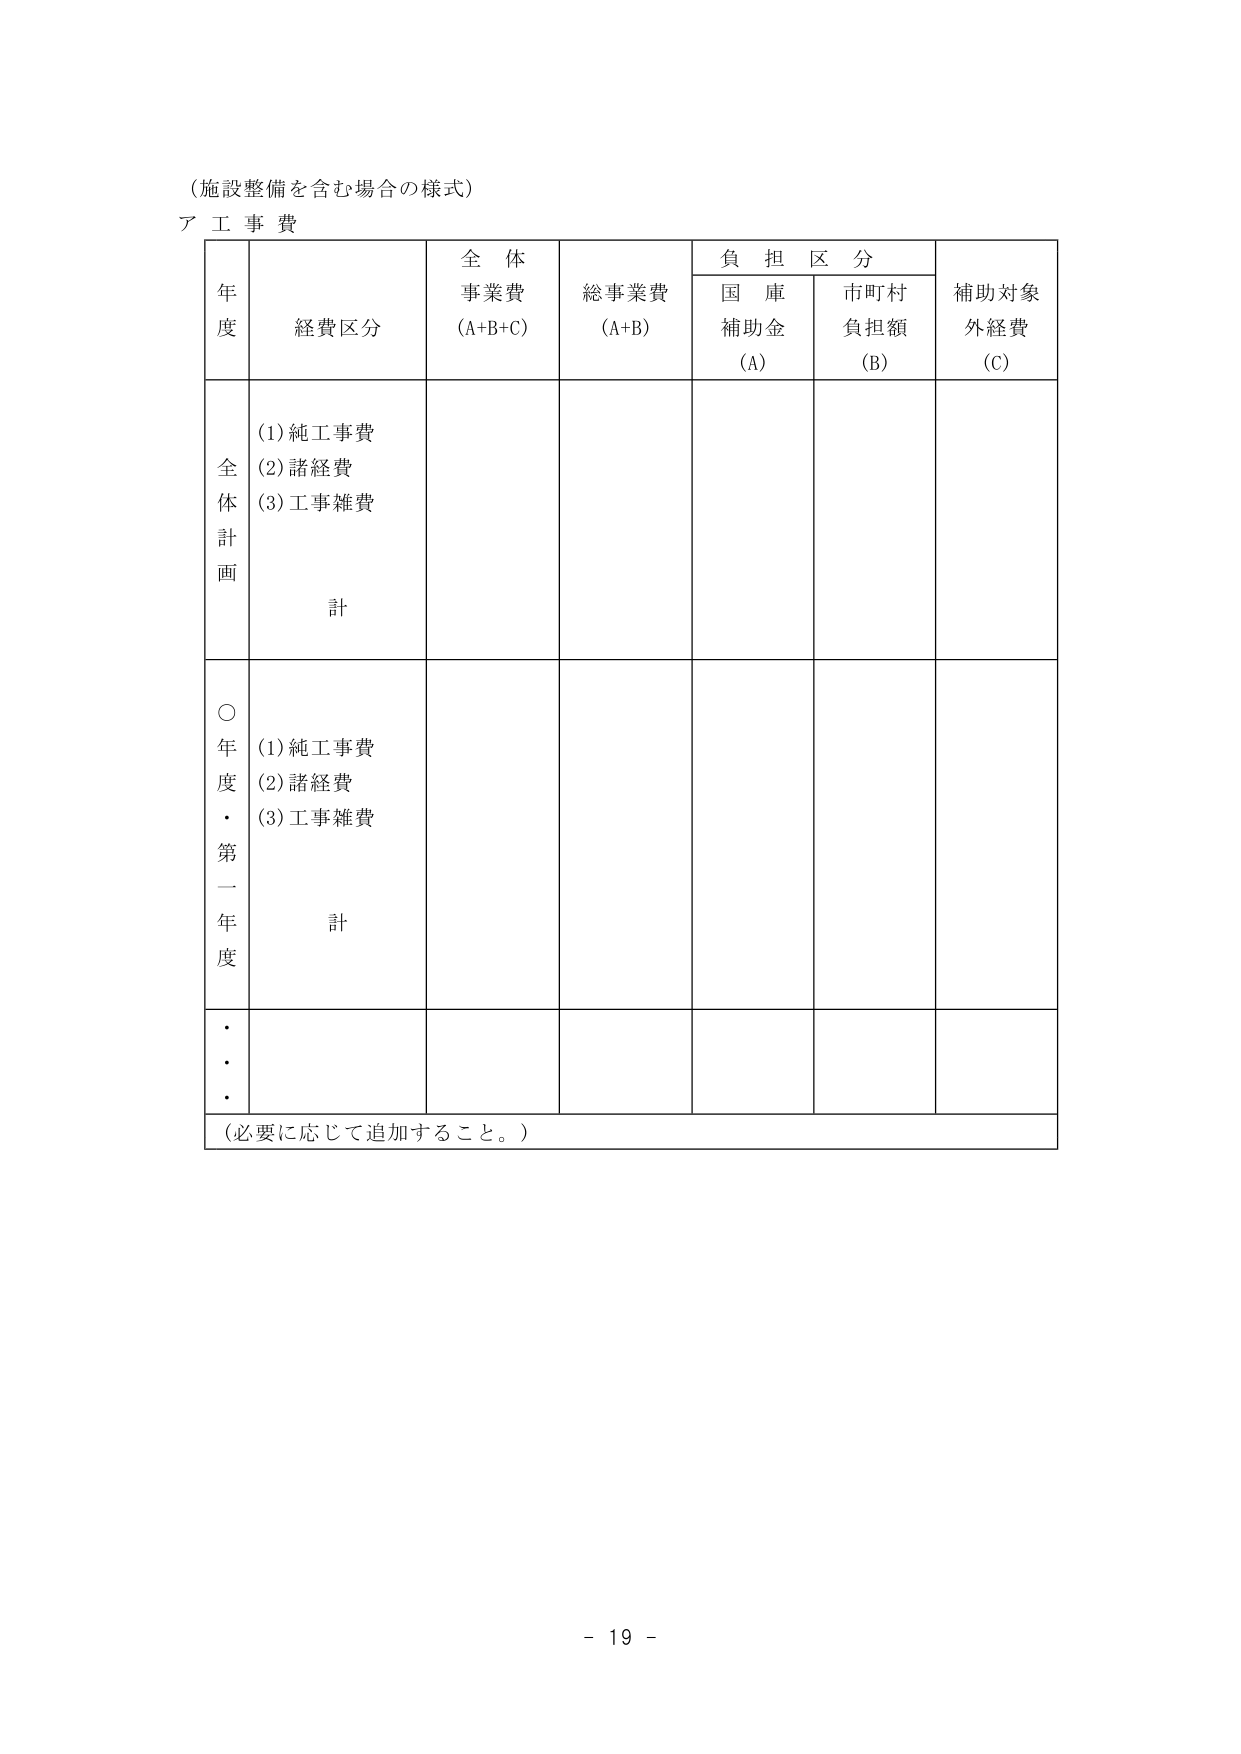
（施設整備を含む場合の様式）
ア 工 事 費

年 度　　経費区分　　全 体 事業費 (A+B+C)　　総事業費 (A+B)　　負 担 区 分　　補助対象 外経費 (C)
　　　　　　　　　　　　　　　　　　　　国 庫 補助金 (A)　　市町村 負担額 (B)

全 体 計 画
　　(1) 純工事費
　　(2) 諸経費
　　(3) 工事雑費
　　　　計

○ 年 度 ・ 第 一 年 度
　　(1) 純工事費
　　(2) 諸経費
　　(3) 工事雑費
　　　　計

・・・

（必要に応じて追加すること。）

- 19 -